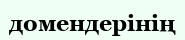
домендерінің